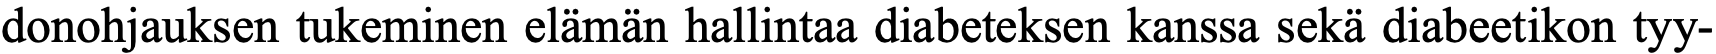
donohjauksen tukeminen elämän hallintaa diabeteksen kanssa sekä diabeetikon tyy-